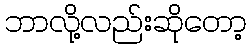
ဘာလို့လည်းဆိုတော့